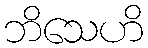
ဘိသေဟိ